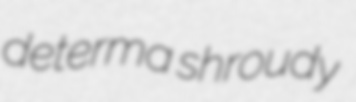
determa shroudy